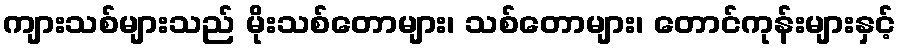
ကျားသစ်များသည် မိုးသစ်တောများ၊ သစ်တောများ၊ တောင်ကုန်းများနှင့်